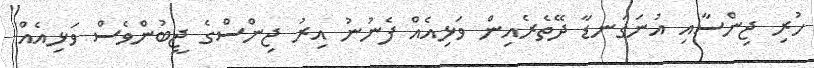
ހުރި ޖިންސާއި އުނަގަނޑާ ދޭތެރެއިން ވަޅިއެއް ފެނުނު އިރު ޖިންސްގެ ޖީބުންވެސް ވަޅިއެއް